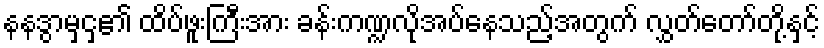
နနဒွာမှင့ှ၏ ထိပ်ဖူးကြီးအား ခန်းကဏ္ဍလိုအပ်နေသည့်အတွက် လွှတ်တော်တို့နှင့်